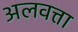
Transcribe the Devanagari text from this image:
अलवत्ता